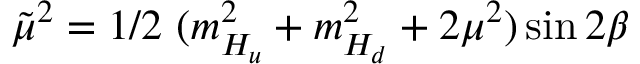
\tilde { \mu } ^ { 2 } = 1 / 2 \ ( m _ { H _ { u } } ^ { 2 } + m _ { H _ { d } } ^ { 2 } + 2 \mu ^ { 2 } ) \sin 2 \beta